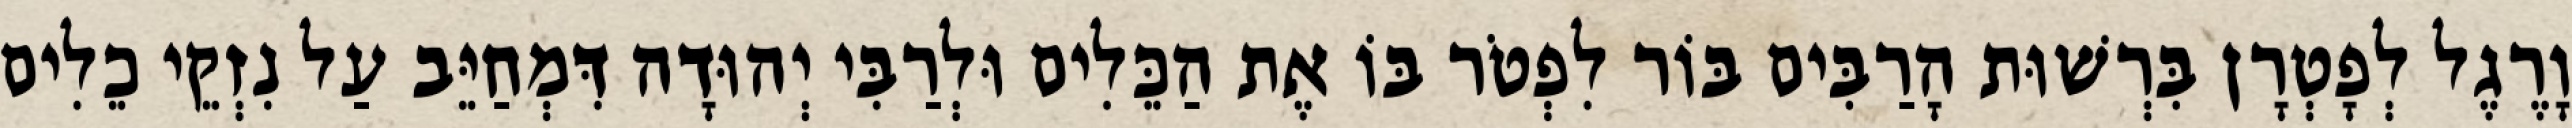
וָרֶגֶל לְפָטְרָן בִּרְשׁוּת הָרַבִּים בּוֹר לִפְטֹר בּוֹ אֶת הַכֵּלִים וּלְרַבִּי יְהוּדָה דִּמְחַיֵּב עַל נִזְקֵי כֵלִים